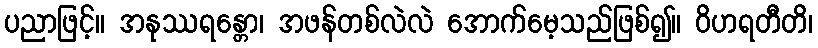
ပညာဖြင့်။ အနုဿရန္တော၊ အဖန်တစ်လဲလဲ အောက်မေ့သည်ဖြစ်၍။ ဝိဟရတီတိ၊